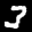
Label: 3